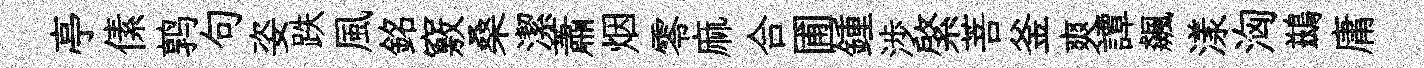
亭傃鹑句姿跌風銘竅桑潔蕭烟零麻合圃鍾渉綮菩釜爽譚飆漾洶鷀庸